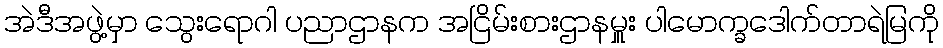
အဲဒီအဖွဲ့မှာ သွေးရောဂါ ပညာဌာနက အငြိမ်းစားဌာနမှူး ပါမောက္ခဒေါက်တာရဲမြကို